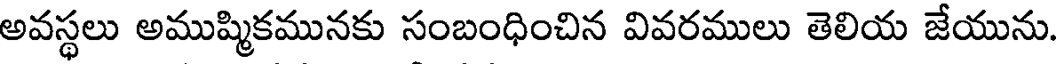
అవస్థలు అముష్మికమునకు సంబంధించిన వివరములు తెలియ జేయును.